Civil Veterinary Department Bihar reports 1936-40 - 1936-1940
Year: 1936
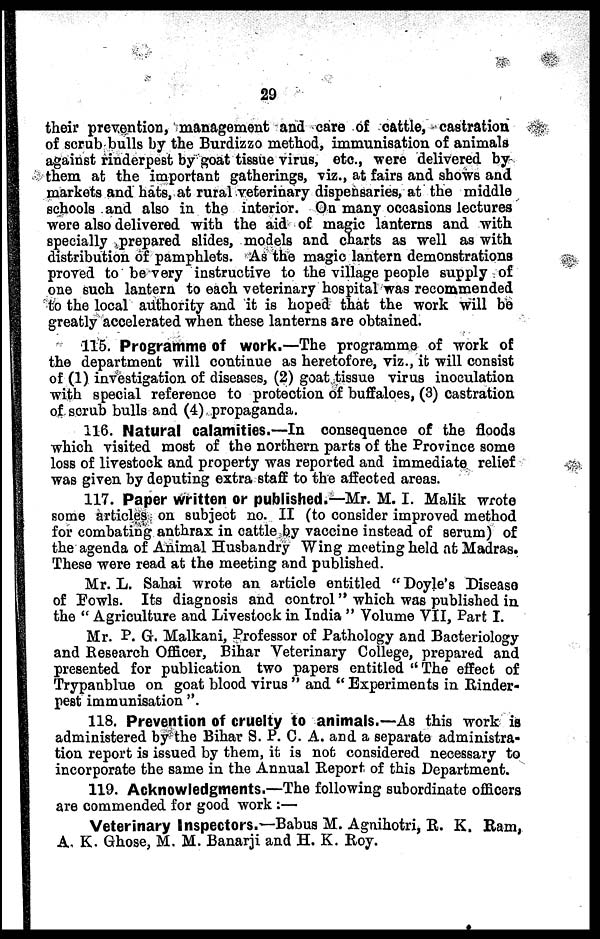
29
their prevention, management and care of cattle, castration
of scrub bulls by the Burdizzo method, immunisation of animals
against rinderpest by goat tissue virus, etc., were delivered by
them at the important gatherings, viz., at fairs and shows and
markets and hats, at rural veterinary dispensaries, at the middle
schools and also in the interior. On many occasions lectures
were also delivered with the aid of magic lanterns and with
specially prepared slides, models and charts as well as with
distribution of pamphlets. As the magic lantern demonstrations
proved to be very instructive to the village people supply of
one such lantern to each veterinary hospital was recommended
to the local authority and it is hoped that the work will be
greatly accelerated when these lanterns are obtained.
115. Programme of work.—The programme of work of
the department will continue as heretofore, viz., it will consist
of (1) investigation of diseases, (2) goat tissue virus inoculation
with special reference to protection of buffaloes, (3) castration
of scrub bulls and (4) propaganda.
116. Natural calamities.—In consequence of the floods
which visited most of the northern parts of the Province some
loss of livestock and property was reported and immediate relief
was given by deputing extra staff to the affected areas.
117. Paper written or published.—Mr. M. I. Malik wrote
some articles on subject no. II (to consider improved method
for combating anthrax in cattle by vaccine instead of serum) of
the agenda of Animal Husbandry Wing meeting held at Madras.
These were read at the meeting and published.
Mr. L. Sahai wrote an article entitled "Doyle's Disease
of Fowls. Its diagnosis and control" which was published in
the "Agriculture and Livestock in India" Volume VII, Part I.
Mr. P. G. Malkani, Professor of Pathology and Bacteriology
and Research Officer, Bihar Veterinary College, prepared and
presented for publication two papers entitled ''The effect of
Trypanblue on goat blood virus" and "Experiments in Rinder-
pest immunisation".
118. Prevention of cruelty to animals.—As this work is
administered by the Bihar S. P. C. A. and a separate administra-
tion report is issued by them, it is not considered necessary to
incorporate the same in the Annual Report of this Department.
119. Acknowledgments.—The following subordinate officers
are commended for good work :—
Veterinary Inspectors.—Babus M. Agnihotri, R. K. Ram,
A. K. Ghose, M. M. Banarji and H. K. Roy.